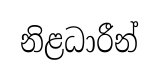
නිළධාරීන්